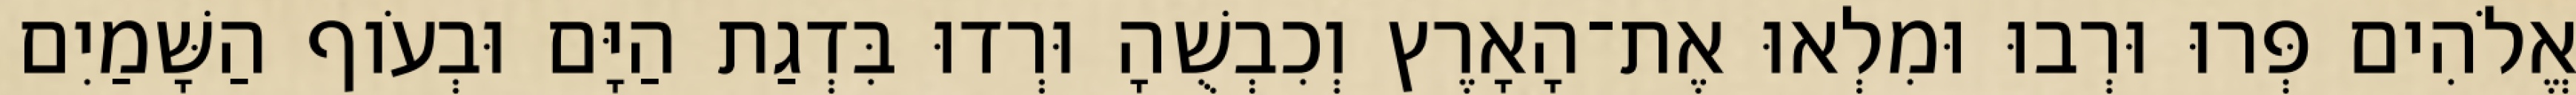
אֱלֹהִים פְּרוּ וּרְבוּ וּמִלְאוּ אֶת־הָאָרֶץ וְכִבְשֻׁהָ וּרְדוּ בִּדְגַת הַיָּם וּבְעֹוף הַשָּׁמַיִם